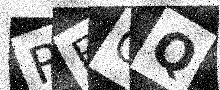
Text: RFOQ